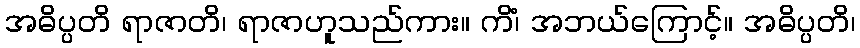
အဓိပ္ပတိ ရာဇာတိ၊ ရာဇာဟူသည်ကား။ ကိံ၊ အဘယ်ကြောင့်။ အဓိပ္ပတိ၊